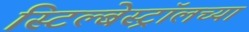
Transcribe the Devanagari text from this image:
स्टिल्बेस्ट्रॉलच्या